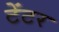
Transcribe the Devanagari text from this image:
टेंटर